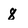
Character: 8